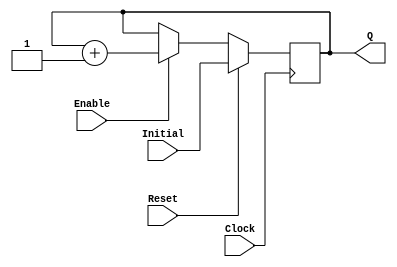
`timescale 1ns / 1ps
//------------------------------------------------
module UPCOUNTER_POSEDGE # (parameter SIZE=16)
(
input wire Clock, Reset,
input wire [SIZE-1:0] Initial,
input wire Enable,
output reg [SIZE-1:0] Q
);


  always @(posedge Clock )
  begin
      if (Reset)
        Q = Initial;
      else
		begin
		if (Enable)
			Q = Q + 1;
			
		end			
  end

endmodule



//----------------------------------------------------
module FFD_POSEDGE_SYNCRONOUS_RESET # ( parameter SIZE=8 )
(
	input wire				Clock,
	input wire				Reset,
	input wire				Enable,
	input wire [SIZE-1:0]	D,
	output reg [SIZE-1:0]	Q
);
	

always @ (posedge Clock) 
begin
	if ( Reset )
		Q <= 0;
	else
	begin	
		if (Enable) 
			Q <= D; 
	end	
 
end//always

endmodule


//----------------------------------------------------------------------

module ADDER # ( parameter SIZE = 1 ) 
(
	output wire [SIZE-1:0] wResult,
	output wire wCarry,
	input wire [SIZE-1:0] wInput1,
	input wire [SIZE-1:0] wInput2,
	input wire wCarryInput
);

assign {wCarry, wResult[SIZE-1:0]} = wInput1 + wInput2 + wCarryInput;
endmodule

//----------------------------------------------------

module MULTIPLIER4B # ( parameter SIZE = 4)
(
	output wire [2*SIZE - 1:0] wResult,
	input wire [SIZE-1:0] A, B
);

wire R0, R1, R2, R2_2, R3, R3_2, R3_3, R4, R4_2, R4_3, R5_2, R5_3, R6_3;
wire carryR1, carryR2, carryR3, carryR4, carryR2_2, carryR3_2, carryR4_2, carryR5_2, carryR3_3, carryR4_3 , carryR5_3, carryR6_3;



assign R0 = A[0] & B[0];
ADDER Suma1(R1, carryR1, A[1] & B[0],  A[0] & B[1], 1'b0); 
ADDER Suma2(R2, carryR2, A[2] & B[0],  A[1] & B[1], carryR1);
ADDER Suma3(R3, carryR3, A[3] & B[0],  A[2] & B[1], carryR2);
ADDER Suma4(R4, carryR4, A[3] & B[1],  1'b0, carryR3);


ADDER Suma5(R2_2, carryR2_2, A[0] & B[2], R2, 1'b0);
ADDER Suma6(R3_2, carryR3_2, R3, A[1] & B[2], carryR2_2);
ADDER Suma7(R4_2, carryR4_2, R4, A[2] & B[2], carryR3_2);
ADDER Suma8(R5_2, carryR5_2, 1'b0, A[3] & B[2], carryR4_2);


ADDER Suma9(R3_3, carryR3_3, A[0] & B[3],  R3_2, 1'b0);
ADDER Suma10(R4_3, carryR4_3, R4_2,  A[1] & B[3], carryR3_3);
ADDER Suma11(R5_3, carryR5_3, R5_2,  A[2] & B[3], carryR4_3);
ADDER Suma12(R6_3, carryR6_3, carryR5_2,  A[3] & B[3], carryR5_3);

assign wResult = {carryR6_3, R6_3, R5_3, R4_3, R3_3, R2_2, R1, R0};

endmodule

//----------------------------------------------------

module MUX4X1 # ( parameter SIZE = 32)
(
	output reg [SIZE-1:0] Result,
	input wire [SIZE-1:0] A, B, C, D,
	input wire [1:0] Sel
);
	always @ (Sel or A or B or C or D)
	begin
		case(Sel)
			//-------------------------------------
			2'b00: Result <= A;
			2'b01: Result <= B;
			2'b10: Result <= C;
			2'b11: Result <= D;
			default: Result <= 0;
		endcase
	end
endmodule

module MULTIPLIERLUT # ( parameter SIZE = 16)
(
	output wire [2*SIZE - 1:0] wResult,
	input wire [2*SIZE-1:0] A, B
);
	wire [2*SIZE - 1:0] wResultMux0, wResultMux1, wResultMux2, wResultMux3, wResultMux4, wResultMux5, wResultMux6, wResultMux7;
	wire [2*SIZE - 1:0] wResultMux0_shift, wResultMux1_shift, wResultMux2_shift, wResultMux3_shift, wResultMux4_shift, wResultMux5_shift, wResultMux6_shift, wResultMux7_shift;
	//wMult<n><m> = Multiplicacion por m en el mux n
	wire [2*SIZE - 1:0] wMult00, wMult01, wMult02, wMult03;
	wire [2*SIZE - 1:0] wMult10, wMult11, wMult12, wMult13;
	wire [2*SIZE - 1:0] wMult20, wMult21, wMult22, wMult23;
	wire [2*SIZE - 1:0] wMult30, wMult31, wMult32, wMult33;
	wire [2*SIZE - 1:0] wMult40, wMult41, wMult42, wMult43;
	wire [2*SIZE - 1:0] wMult50, wMult51, wMult52, wMult53;
	wire [2*SIZE - 1:0] wMult60, wMult61, wMult62, wMult63;
	wire [2*SIZE - 1:0] wMult70, wMult71, wMult72, wMult73;
	//MUX0
	assign wMult00 = 0;
	assign wMult01 = A;
	assign wMult02 = A << 1;
	assign wMult03 = wMult02 + wMult01; 
	MUX4X1 MUX0(wResultMux0, wMult00, wMult01, wMult02, wMult03, B[1:0]);
	assign wResultMux0_shift = wResultMux0 << 0;
	//MUX1
	assign wMult10 = 0;
	assign wMult11 = A;
	assign wMult12 = A << 1;
	assign wMult13 = wMult12 + wMult11;
	MUX4X1 MUX1(wResultMux1, wMult10, wMult11, wMult12, wMult13, B[3:2]);
	assign wResultMux1_shift = wResultMux1 << 2;
	//MUX2
	assign wMult20 = 0;
	assign wMult21 = A;
	assign wMult22 = A << 1;
	assign wMult23 = wMult22 + wMult21;
	MUX4X1 MUX2(wResultMux2, wMult20, wMult21, wMult22, wMult23, B[5:4]);
	assign wResultMux2_shift = wResultMux2 << 4;
	//MUX3
	assign wMult30 = 0;
	assign wMult31 = A;
	assign wMult32 = A << 1;
	assign wMult33 = wMult32 + wMult31;
	MUX4X1 MUX3(wResultMux3, wMult30, wMult31, wMult32, wMult33, B[7:6]);
	assign wResultMux3_shift = wResultMux3 << 6;
	//MUX4
	assign wMult40 = 0;
	assign wMult41 = A;
	assign wMult42 = A << 1;
	assign wMult43 = wMult42 + wMult41;
	MUX4X1 MUX4(wResultMux4, wMult40, wMult41, wMult42, wMult43, B[9:8]);
	assign wResultMux4_shift = wResultMux4 << 8;
	//MUX5
	assign wMult50 = 0;
	assign wMult51 = A;
	assign wMult52 = A << 1;
	assign wMult53 = wMult52 + wMult51;
	MUX4X1 MUX5(wResultMux5, wMult50, wMult51, wMult52, wMult53, B[11:10]);
	assign wResultMux5_shift = wResultMux5 << 10;
	//MUX6
	assign wMult60 = 0;
	assign wMult61 = A;
	assign wMult62 = A << 1;
	assign wMult63 = wMult62 + wMult61;
	MUX4X1 MUX6(wResultMux6, wMult60, wMult61, wMult62, wMult63, B[13:12]);
	assign wResultMux6_shift = wResultMux6 << 12;
	//MUX7
	assign wMult70 = 0;
	assign wMult71 = A;
	assign wMult72 = A << 1;
	assign wMult73 = wMult72 + wMult71;
	MUX4X1 MUX7(wResultMux7, wMult70, wMult71, wMult72, wMult73, B[15:14]);
	assign wResultMux7_shift = wResultMux7 << 14;
	//Total
	assign wResult = wResultMux0_shift + wResultMux1_shift + wResultMux2_shift + wResultMux3_shift + wResultMux4_shift + wResultMux5_shift + wResultMux6_shift + wResultMux7_shift;

endmodule